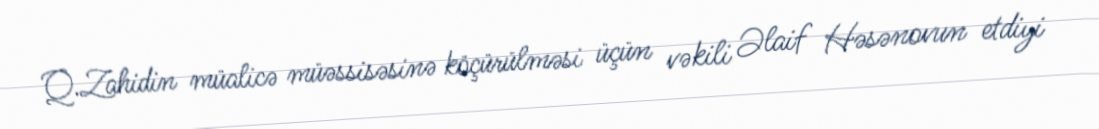
Q.Zahidin müalicə müəssisəsinə köçürülməsi üçün vəkili Əlaif Həsənovun etdiyi